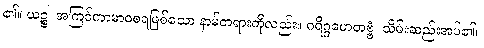
၏။ ယဉ္စ၊ အကြင်ကာမာဝစရဖြစ်သော နာမ်တရားကိုလည်း။ ဂရိဂ္ဂဟေတဗ္ဗံ၊ သိမ်းဆည်းအပ်၏။